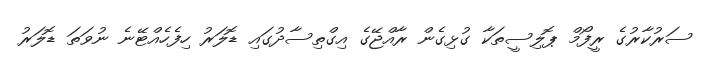
ސަރުކާރުގެ ރީފޯމް ޕޮލިސީތަކާ ގުޅިގެން ރާއްޖޭގެ އިގްތިސާދުގައި ޑޮލަރު ހިފެހެއްޓޭނެ ނުވަތަ ޑޮލަރު